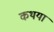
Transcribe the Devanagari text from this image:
कथया